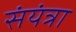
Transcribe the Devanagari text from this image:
संयंत्रा